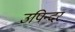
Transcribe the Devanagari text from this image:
उपिन्दर